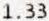
1.33